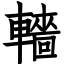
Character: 轖